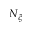
N _ { \xi }